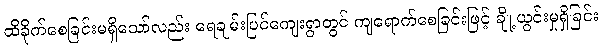
ထိခိုက်စေခြင်းမရှိသော်လည်း ရေချမ်းပြင်ကျေးရွာတွင် ကျရောက်စေခြင်းဖြင့် ချို့ယွင်းမှုရှိခြင်း